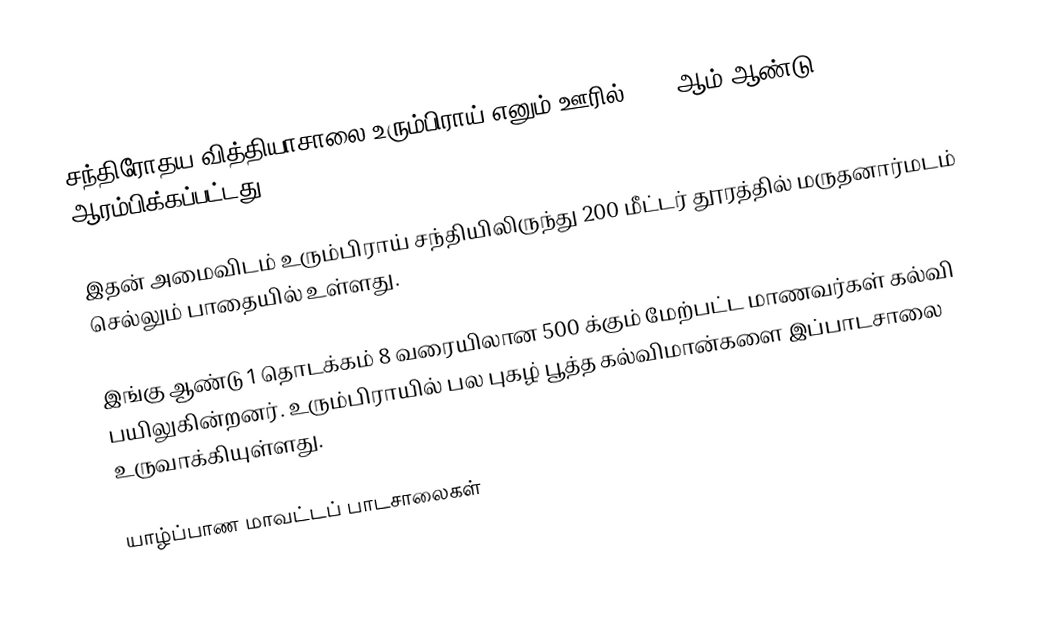
சந்திரோதய வித்தியாசாலை உரும்பிராய் எனும் ஊரில் 1882 ஆம் ஆண்டு ஆரம்பிக்கப்பட்டது.

இதன் அமைவிடம் உரும்பிராய் சந்தியிலிருந்து 200 மீட்டர் தூரத்தில் மருதனார்மடம் செல்லும் பாதையில் உள்ளது.

இங்கு ஆண்டு 1 தொடக்கம் 8 வரையிலான 500 க்கும் மேற்பட்ட மாணவர்கள் கல்வி பயிலுகின்றனர். உரும்பிராயில் பல புகழ் பூத்த கல்விமான்களை இப்பாடசாலை உருவாக்கியுள்ளது.

யாழ்ப்பாண மாவட்டப் பாடசாலைகள்